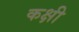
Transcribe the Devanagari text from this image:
कक्षी